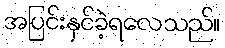
အပြင်းနှင်ခဲ့ရလေသည်။